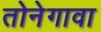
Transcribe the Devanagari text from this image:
तोनेगावा